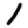
Digit: 1